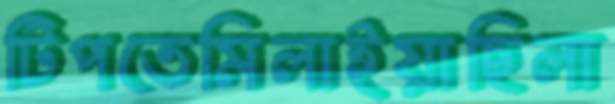
টিপতেমিলাইয়াছিলা